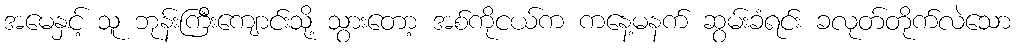
အမေနှင့် သူ ဘုန်းကြီးကျောင်းသို့ သွားတော့ အစ်ကိုငယ်က ကနေ့မနက် ဆွမ်းခံရင်း ခလုတ်တိုက်လဲသော